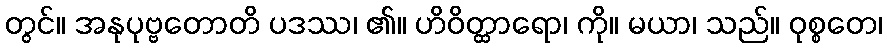
တွင်။ အနုပုဗ္ဗတောတိ ပဒဿ၊ ၏။ ဟိဝိတ္ထာရော၊ ကို။ မယာ၊ သည်။ ဝုစ္စတေ၊